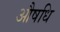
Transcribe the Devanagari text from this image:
औषधि